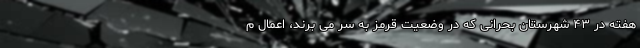
هفته در ۴۳ شهرستان بحرانی که در وضعیت قرمز به سر می برند، اعمال م